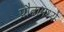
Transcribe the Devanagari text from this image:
प्रौढामध्ये